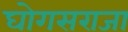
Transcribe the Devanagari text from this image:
घोगसराजा